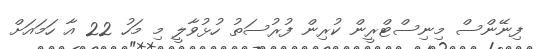
ފިނޭންސް މިނިސްޓްރީން ކުރިން ފުރުސަތު ހުޅުވާލީ މި މަހު 22 އާ ހަމައަށް